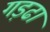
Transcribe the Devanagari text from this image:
गड़ढा